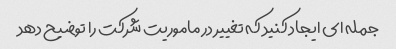
جمله ای ایجاد کنید که تغییر در ماموریت شرکت را توضیح دهد